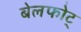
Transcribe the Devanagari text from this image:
बेलफोट्